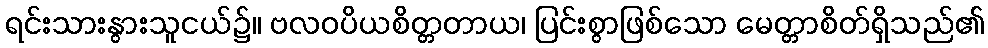
ရင်းသားနွားသူငယ်၌။ ဗလဝပိယစိတ္တတာယ၊ ပြင်းစွာဖြစ်သော မေတ္တာစိတ်ရှိသည်၏